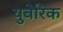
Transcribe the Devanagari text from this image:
युबेरिक